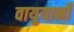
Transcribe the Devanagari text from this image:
वायुयानोँ